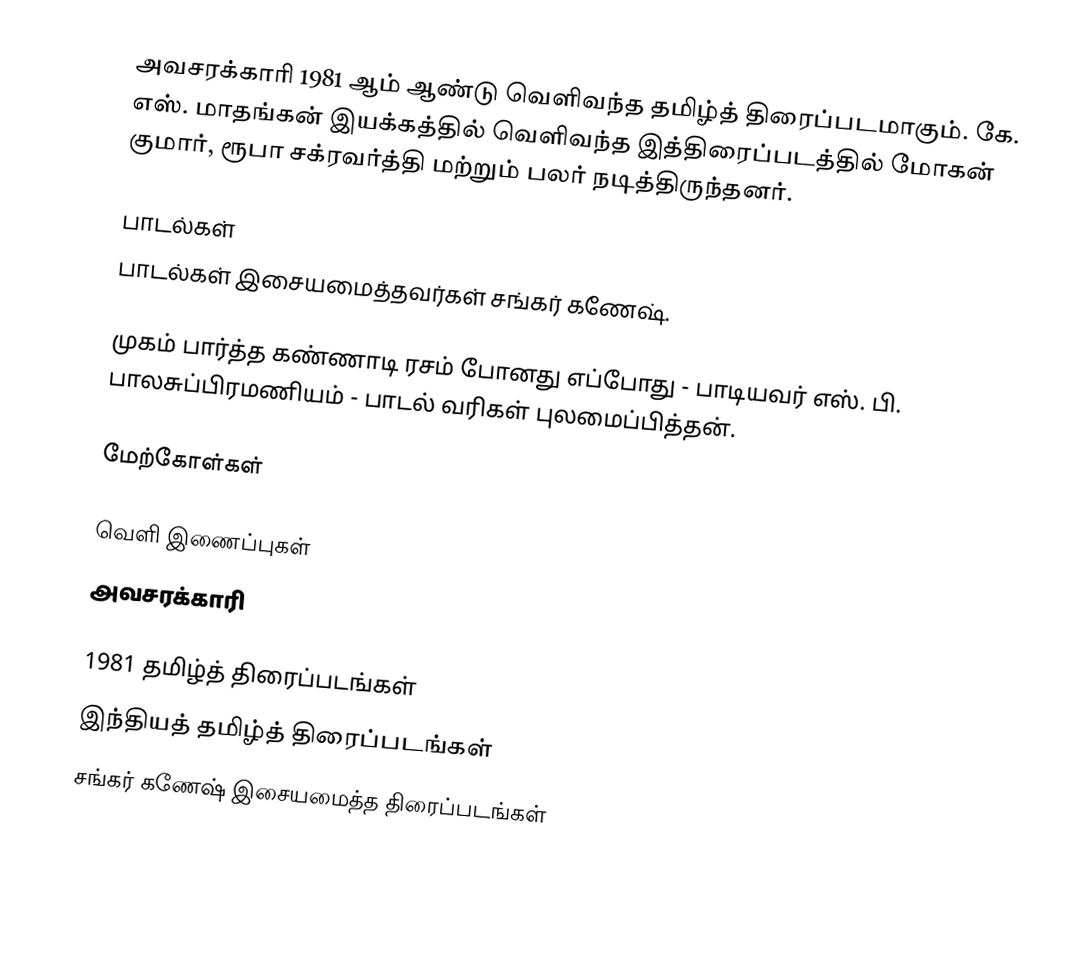
அவசரக்காரி 1981 ஆம் ஆண்டு வெளிவந்த தமிழ்த் திரைப்படமாகும். கே. எஸ். மாதங்கன் இயக்கத்தில் வெளிவந்த இத்திரைப்படத்தில் மோகன் குமார், ரூபா சக்ரவர்த்தி மற்றும் பலர் நடித்திருந்தனர்.

பாடல்கள்
பாடல்கள் இசையமைத்தவர்கள் சங்கர் கணேஷ்.

 முகம் பார்த்த கண்ணாடி ரசம் போனது எப்போது - பாடியவர் எஸ். பி. பாலசுப்பிரமணியம் - பாடல் வரிகள் புலமைப்பித்தன்.

மேற்கோள்கள்

வெளி இணைப்புகள்
 அவசரக்காரி

1981 தமிழ்த் திரைப்படங்கள்
இந்தியத் தமிழ்த் திரைப்படங்கள்
சங்கர் கணேஷ் இசையமைத்த திரைப்படங்கள்